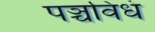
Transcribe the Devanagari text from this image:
पञ्चविधं